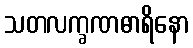
သတလက္ခဏဓာရိနော